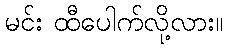
မင်း ထီပေါက်လို့လား။